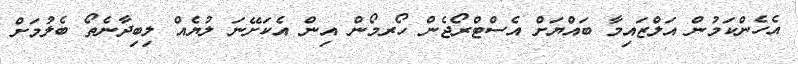
އެހެންކަމުން އަލްޒައިމާ ބައްޔަށް އެސްޓްރޯޖެން ހޯރމޯން އިން އެކަށޭނަ ލުޔެއް ލިބިދާނެތޯ ބެލުމަށް